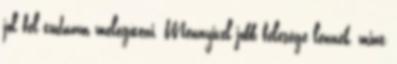
jól fel tudnám melegíteni. Mennyivel jobb felesége lennék, mint